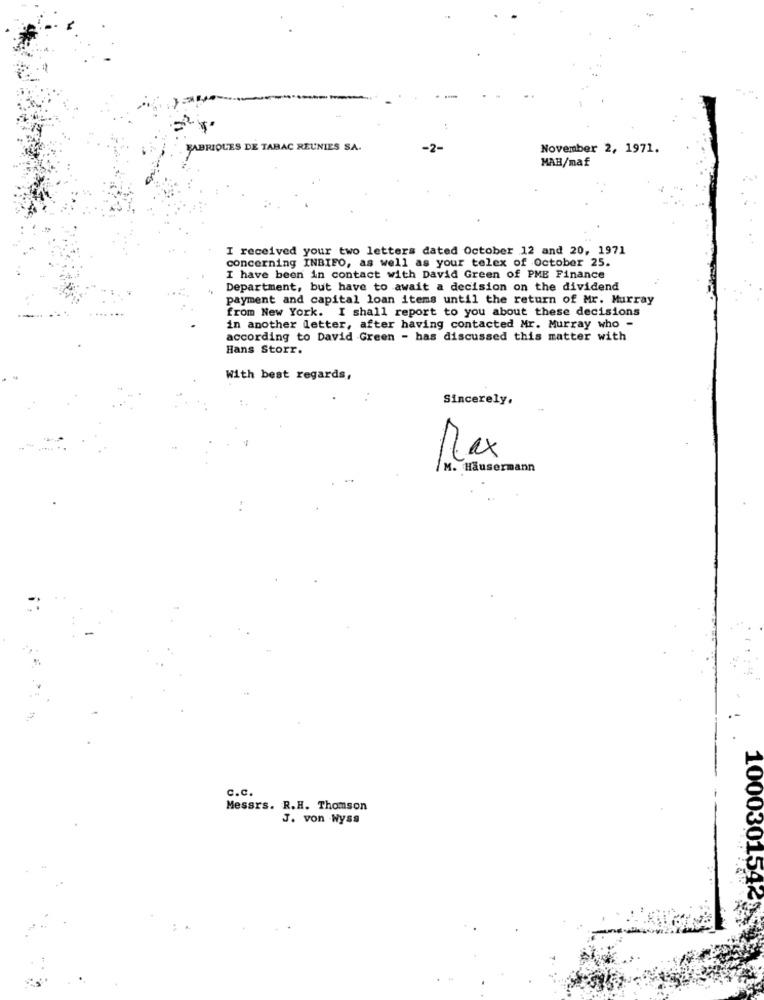
FABRIQUES DE TABAC REUNIES SA.
-2-
November 2, 1971.
MAH/maf
I received your two letters dated October 12 and 20, 1971
concerning INBIFO, as well as your telex of October 25.
I have been in contact with David Green of PME Finance
Department, but have to await a decision on the dividend
payment and capital loan items until the return of Mr. Murray
from New York. I shall report to you about these decisions
in another letter, after having contacted Mr. Murray who -
according to David Green - has discussed this matter with
Hans Storr.
With best regards,
Sincerely,
M. Häusermann
c.c.
Messrs. R.H. Thomson
J. von Wyss
1000301542